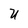
Character: U